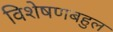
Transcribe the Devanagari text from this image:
विशेषणबहुल